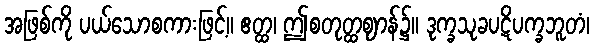
အဖြစ်ကို ပယ်သောစကားဖြင့်။ ဧတ္ထ၊ ဤစတုတ္ထဈာန်၌။ ဒုက္ခသုခပဋိပက္ခဘူတံ၊